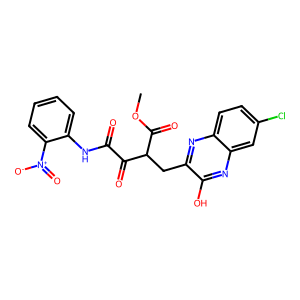
SMILES: COC(=O)C(Cc1nc2ccc(Cl)cc2nc1O)C(=O)C(=O)Nc1ccccc1[N+](=O)[O-]
Inhibits HIV replication: No